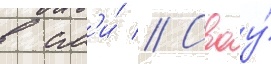
в см'и́ // Своу́